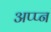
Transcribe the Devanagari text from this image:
अप्प्न